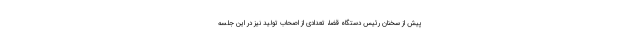
پیش از سخنان رئیس دستگاه قضا، تعدادی از اصحاب تولید نیز در این جلسه